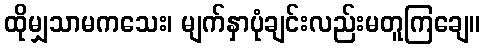
ထိုမျှသာမကသေး၊ မျက်နှာပုံချင်းလည်းမတူကြချေ။